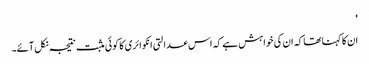
'
ان کا کہنا تھا کہ ان کی خواہش ہے کہ اس عدالتی انکوائری کا کوئی مثبت نتیجہ نکل آئے۔